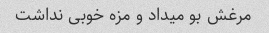
مرغش بو میداد و مزه خوبی نداشت